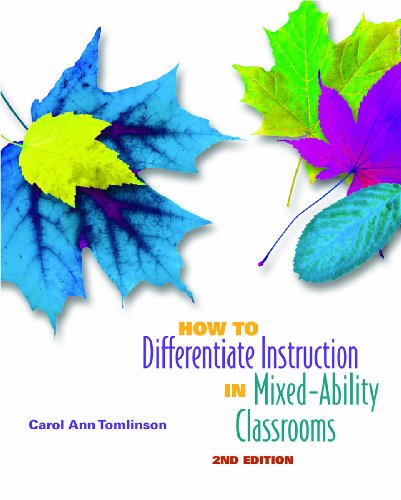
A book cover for How to Differentiate Instruction in Mixed-Ability Classrooms, 2nd Edition (Professional Development); Carol Ann Tomlinson; Reference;